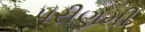
પરીણમી